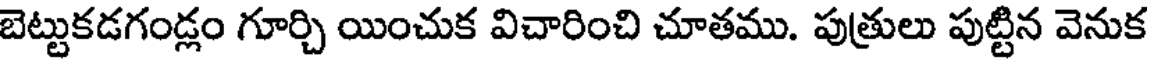
బెట్టుకడగండ్లం గూర్చి యించుక విచారించి చూతము. పుత్రులు పుట్టిన వెనుక